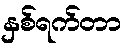
နှစ်ရက်တာ